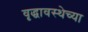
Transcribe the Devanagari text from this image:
वृद्धावस्थेच्या